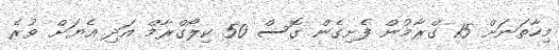
މިހާތަނަށް 15 ގްރާމުން ފެށިގެން ގޮސް 50 ކިލޯގްރާމް އަދި އެޔަށް ވުރެ